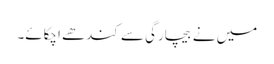
میں نے بیچارگی سے کندھے اچکائے۔